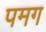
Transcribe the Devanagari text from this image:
पमग